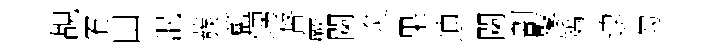
覘宥田泯蔟籃甥督蕨闌炙果迪闌劃鼕矯逮勾